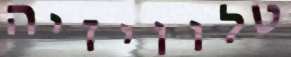
טלוויזיה